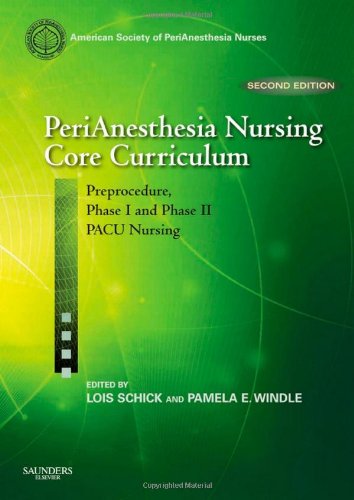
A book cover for PeriAnesthesia Nursing Core Curriculum: Preprocedure, Phase I and Phase II PACU Nursing, 2e; ASPAN; Medical Books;